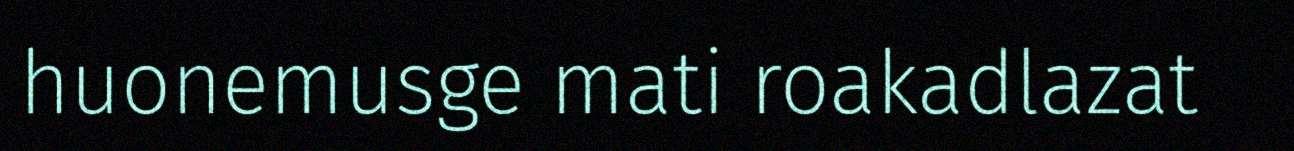
huonemusge mati roakadlazat